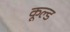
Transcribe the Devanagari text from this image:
कूल्‍ड